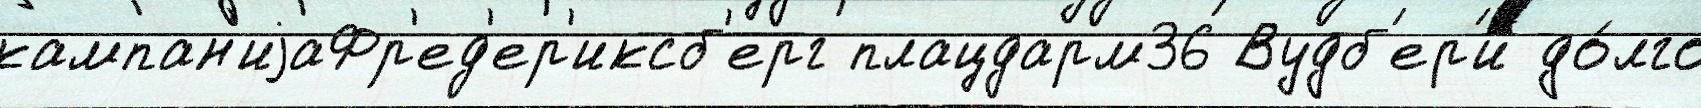
кампан'иjаФр'ед'ер'иксб'ерг плацдарм36 Вудб'ер'и до́лго